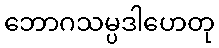
ဘောဂသမ္ပဒါဟေတု